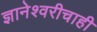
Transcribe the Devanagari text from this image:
ज्ञानेश्वरीचाही